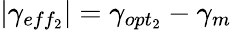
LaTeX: |\gamma_{eff_{2}}|=\gamma_{opt_{2}}-\gamma_{m}